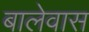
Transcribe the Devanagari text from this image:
बालेवास